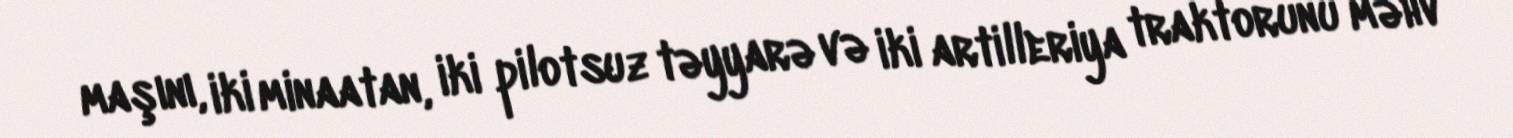
maşını, iki minaatan, iki pilotsuz təyyarə və iki artilleriya traktorunu məhv